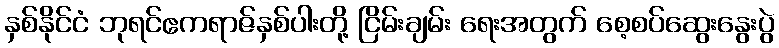
နှစ်နိုင်ငံ ဘုရင်ဧကရာဇ်နှစ်ပါးတို့ ငြိမ်းချမ်း ရေးအတွက် စေ့စပ်ဆွေးနွေးပွဲ